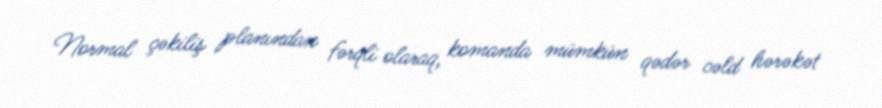
Normal çəkiliş planından fərqli olaraq, komanda mümkün qədər cəld hərəkət